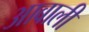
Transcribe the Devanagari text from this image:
आबाली